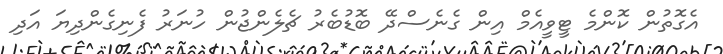
އެގޮތުން ކޮންމެ ޓީވީއެމް އިން ގެނެސްދޭ ބޮޑުބެރު ޗެލެންޖުން ހުނަރު ފެނިގެންދިޔަ އަދި